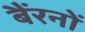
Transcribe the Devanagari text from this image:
बैंरनों